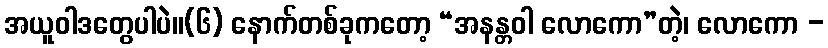
အယူဝါဒတွေပါပဲ။(၆) နောက်တစ်ခုကတော့ “အနန္တဝါ လောကော”တဲ့၊ လောကော -